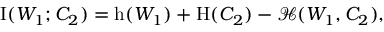
\begin{array} { r } { \operatorname { I } ( W _ { 1 } ; C _ { 2 } ) = \operatorname { h } ( W _ { 1 } ) + \operatorname { H } ( C _ { 2 } ) - \mathcal { H } ( W _ { 1 } , C _ { 2 } ) , } \end{array}